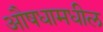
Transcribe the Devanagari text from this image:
औषधामधील